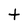
Character: t